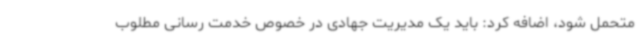
متحمل شود، اضافه کرد: باید یک مدیریت جهادی در خصوص خدمت رسانی مطلوب